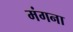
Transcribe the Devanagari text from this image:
मंगना